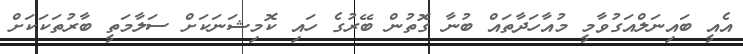
އެއީ ބައިނަލްއަގުވާމީ މުއާހަދާތައް ބުނާ ގޮތުން ބޭރުގެ ހައި ކޮމިޝަނަކަށް ސަލާމަތީ ބާރުތަކަކަށް